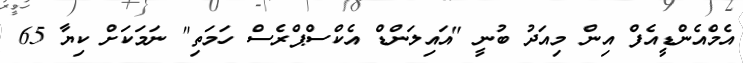
އެމްއެންޑީއެފް އިން މިއަދު ބުނީ "އައިލަންޑް އެކްސްޕްރެސް ހަމަތި" ނަމަކަށް ކިޔާ 65